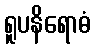
ရူပနိရောဓံ